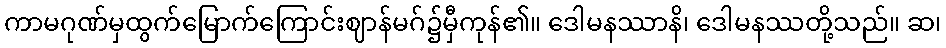
ကာမဂုဏ်မှထွက်မြောက်ကြောင်းဈာန်မဂ်၌မှီကုန်၏။ ဒေါမနဿာနိ၊ ဒေါမနဿတို့သည်။ ဆ၊